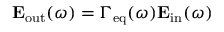
\mathbf { E } _ { \mathrm { o u t } } ( \omega ) = \Gamma _ { \mathrm { e q } } ( \omega ) \mathbf { E } _ { \mathrm { i n } } ( \omega )